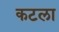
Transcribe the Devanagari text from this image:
कटला